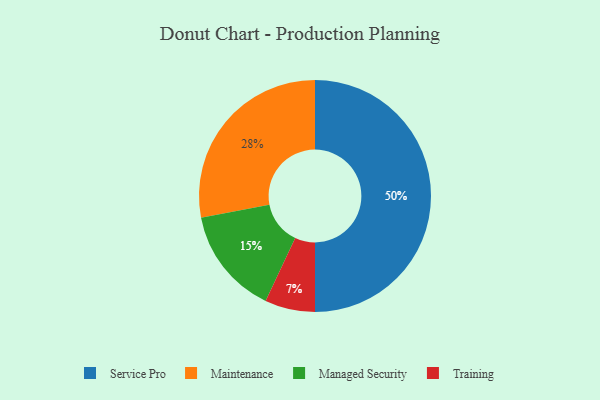
{"axis": {"x": "Category", "y": "Percentage"}, "legend": ["Maintenance", "Managed Security", "Service Pro", "Training"], "data": [{"x": "Training", "y": 7, "type": "Training"}, {"x": "Service Pro", "y": 50, "type": "Service Pro"}, {"x": "Managed Security", "y": 15, "type": "Managed Security"}, {"x": "Maintenance", "y": 28, "type": "Maintenance"}]}